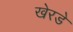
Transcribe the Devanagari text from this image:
खेरडे